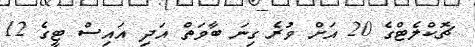
ޗޮކްލެޓްގެ 20 އަށް ވުރެ ގިނަ ބާވަތް އަދި އައިސް ޓީގެ 12